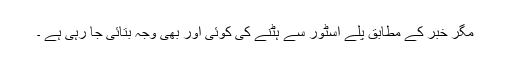
مگر خبر کے مطابق پلے اسٹور سے ہٹنے کی کوئی آور بھی وجہ بتائی جا رہی ہے ۔